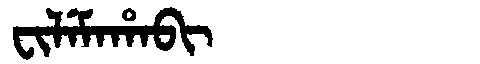
Manchu: ᠸᡳᠯᡝᠮᠠᡥᠠᠪᡳ
Romanization: FILEMAHABI